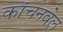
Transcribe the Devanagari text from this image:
कांचनवेल